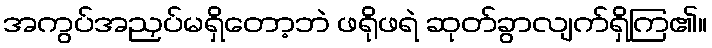
အကွပ်အညှပ်မရှိတော့ဘဲ ဖရိုဖရဲ ဆုတ်ခွာလျက်ရှိကြ၏။